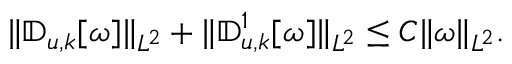
\begin{array} { r } { \| \mathbb { D } _ { u , k } [ \omega ] \| _ { L ^ { 2 } } + \| \mathbb { D } _ { u , k } ^ { 1 } [ \omega ] \| _ { L ^ { 2 } } \leq C \| \omega \| _ { L ^ { 2 } } . } \end{array}